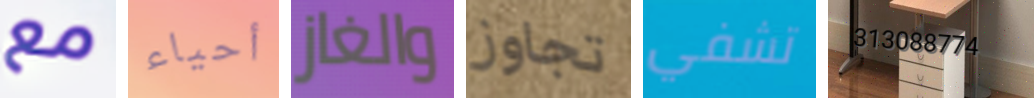
مع أحياء والغاز تجاوز تشفي 313088774